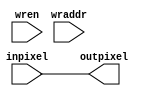
`timescale 1ns / 1ps
//////////////////////////////////////////////////////////////////////////////////
// Company: 
// Engineer: 
// 
// Design Name: 
// Module Name: SCM3
// Project Name: 
// Target Devices: 
// Tool Versions: 
// Description: 
// 
// Dependencies: 
// 
// Revision:
// Revision 0.01 - File Created
// Additional Comments:
// 
//////////////////////////////////////////////////////////////////////////////////


module SCM3(input [5:0]wren, input[6:0]wraddr, input [11:0]inpixel, output reg [11:0] outpixel);
    
    always @*
    begin
        //if (wren[5:0] == 6'b000011)
            outpixel = inpixel;
    end
    
endmodule